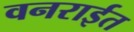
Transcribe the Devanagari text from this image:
वनरार्इत